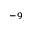
^ { - 9 }